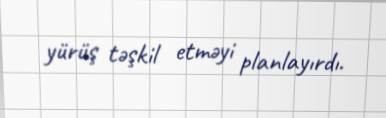
yürüş təşkil etməyi planlayırdı.